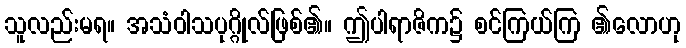
သူလည်းမရ။ အသံဝါသပုဂ္ဂိုလ်ဖြစ်၏။ ဤပါရာဇိက၌ စင်ကြယ်ကြ ၏လောဟု